Jaan_Tonisson_(Lasteleht), lk 135
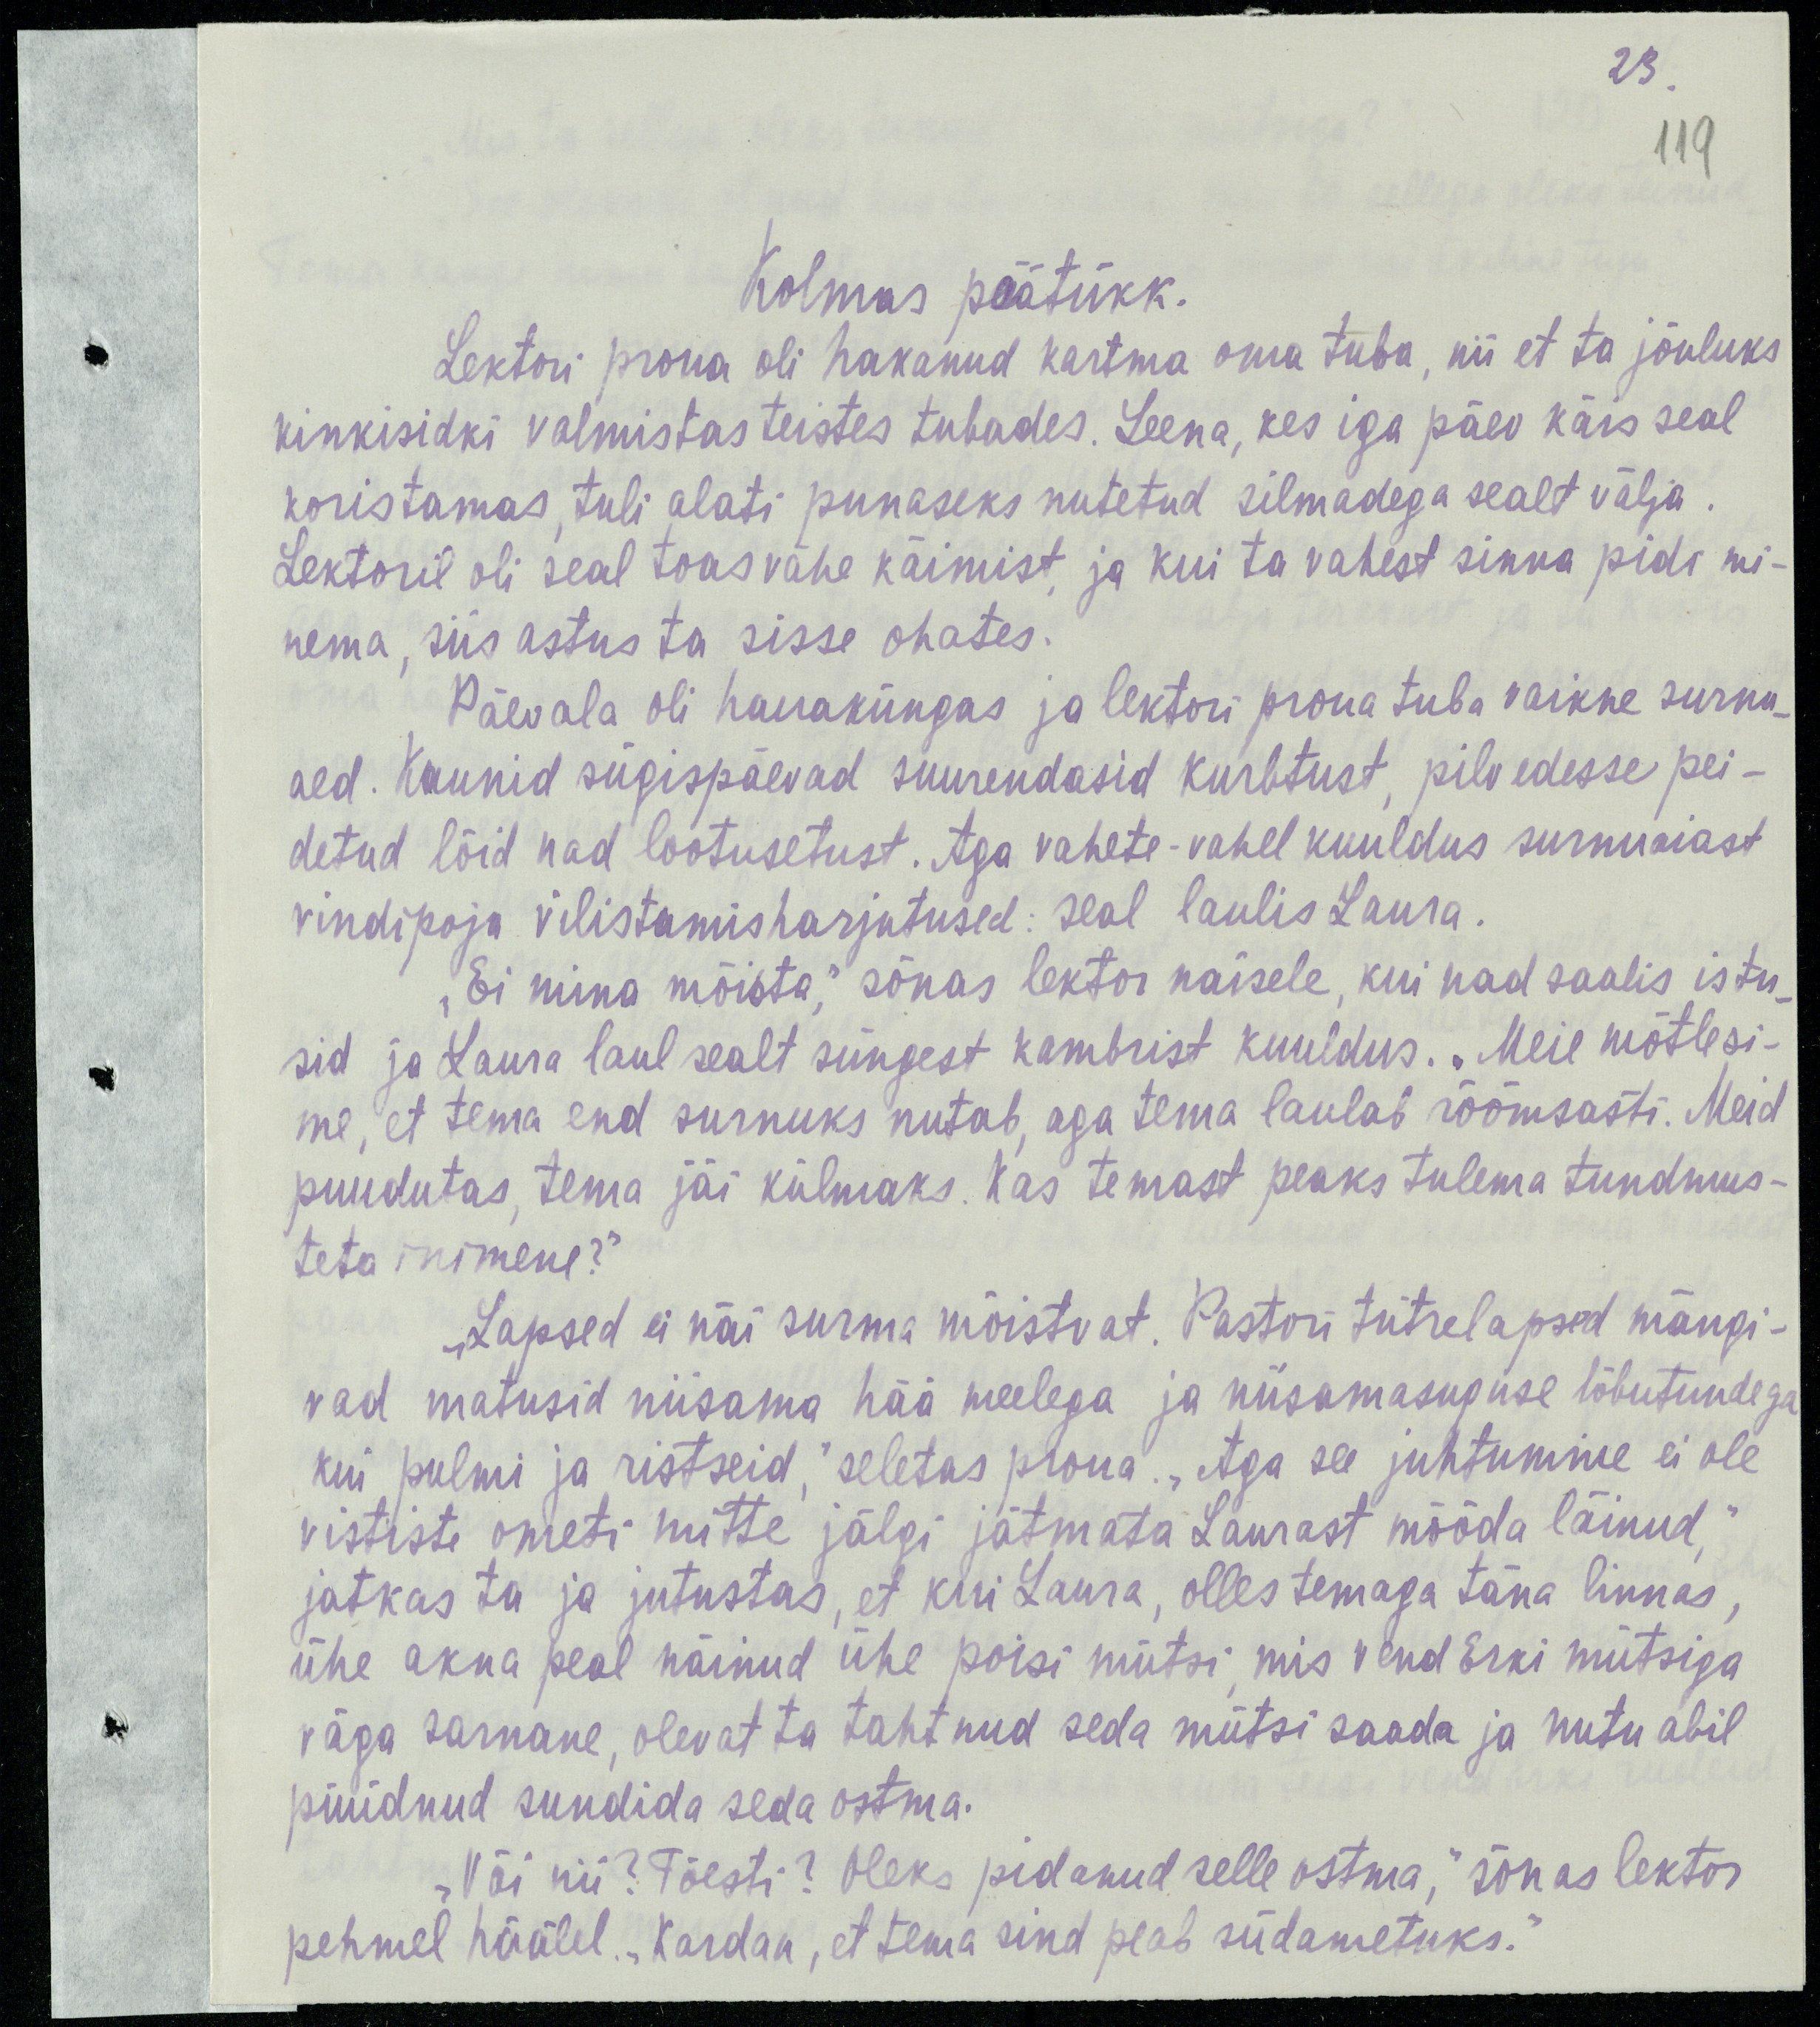
23.
119
Kolmas päätükk.
Lektori proua oli hakanud kartma oma tuba, nii et ta jõuluks
kinkisidki valmistas teistes tubades. Leena, kes iga päev käis seal
koristamas, tuli alati punaseks nutetud silmadega sealt välja.
Lektoril oli seal toas vähe käimist, ja kui ta vahest sinna pidi mi-
nema, siis astus ta sisse ohates.
Päevala oli hauaküngas ja lektori proua tuba vaikne surnu-
aed. Kaunid sügispäevad suurendasid kurbtust, pilvedesse pei-
detud lõid nad lootusetust. Aga vahete-vahel kuuldus surnuaiast
vindipoja vilistamisharjutused: seal laulis Laura.
„Ei mina mõista,“ sõnas lektor naisele, kui nad saalis istu-
sid ja Laura laul sealt süngest kambrist kuuldus. „Meie mõtlesi-
me, et tema end surnuks nutab, aga tema laulab rõõmsasti. Meid
puudutas, tema jäi külmaks. Kas temast peaks tulema tundmus-
teta inimene?“
„Lapsed ei näi surma mõistvat. Pastori tütrelapsed mängi-
vad matusid niisama hää meelega ja niisamasuguse lõbutundega
kui pulmi ja ristseid,“ seletas proua. „Aga see juhtumine ei ole
vististe ometi mitte jälgi jätmata Laurast mööda läinud,“
jatkas ta ja jutustas, et kui Laura, olles temaga täna linnas,
ühe akna peal näinud ühe poisi mütsi, mis vend Erki mütsiga
väga sarnane, olevat ta tahtnud seda mütsi saada ja nutu abil
püüdnud sunduda seda ostma.
„Või nii? Tõesti? Oleks pidanud selle ostma,“ sõnas lektor
pehmel häälel. „Kardan, et tema sind peab südametuks.“